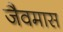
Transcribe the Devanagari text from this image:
जैवमास